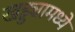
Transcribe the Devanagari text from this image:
खड्ड्यामध्ये